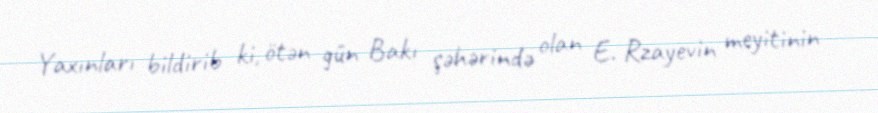
Yaxınları bildirib ki, ötən gün Bakı şəhərində olan E. Rzayevin meyitinin